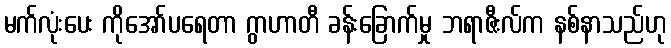
မက်လုံးပေး ကိုအော်ပရေတာ ဂွာဟာတီ ခန်းခြောက်မှု ဘရာဇီးလ်က နစ်နာသည်ဟု